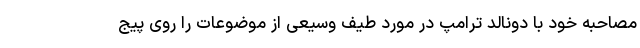
مصاحبه خود با دونالد ترامپ در مورد طیف وسیعی از موضوعات را روی پیج